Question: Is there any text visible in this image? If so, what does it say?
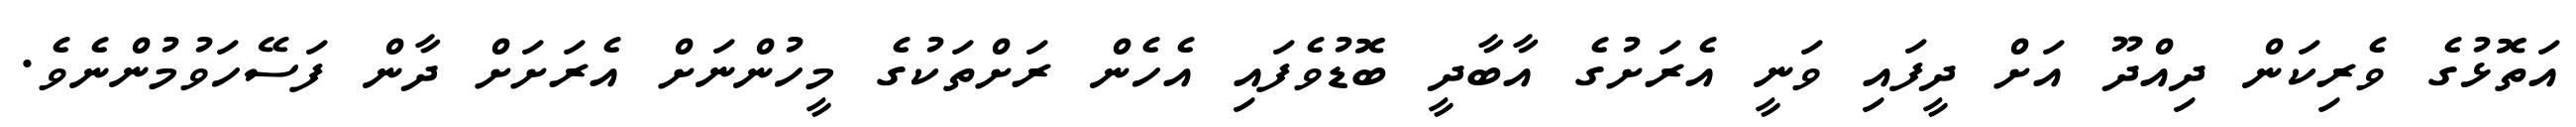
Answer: އަތޮޅުގެ ވެރިކަން ދިއްދޫ އަށް ދީފައި ވަނީ އެރަށުގެ އާބާދީ ބޮޑުވެފައި އެހެން ރަށްތަކުގެ މީހުންނަށް އެރަށަށް ދާން ފަސޭހަވުމުންނެވެ.